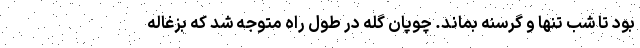
بود تا شب تنها و گرسنه بماند. چوپان گله در طول راه متوجه شد که بزغاله